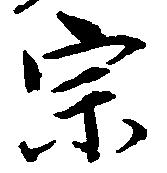
宗